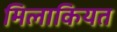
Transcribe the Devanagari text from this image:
मिलाकियत